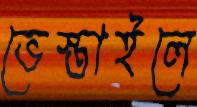
ভেস্তাইলে